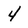
Character: 4